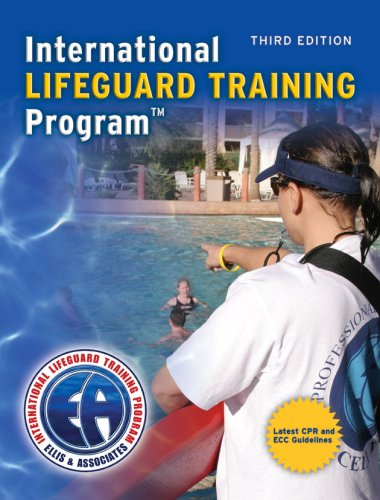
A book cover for International Lifeguard Training Program; Ellis; Health, Fitness & Dieting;